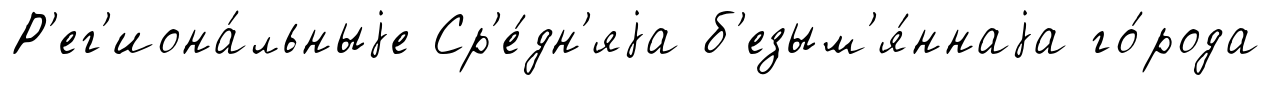
Р'ег'иона́льныjе Ср'е́дн'яjа б'езым'я́ннаjа го́рода